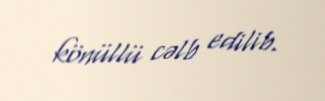
könüllü cəlb edilib.